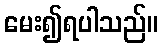
မေး၍ရပါသည်။